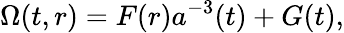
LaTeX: \Omega(t,r)=F(r)a^{-3}(t)+G(t),